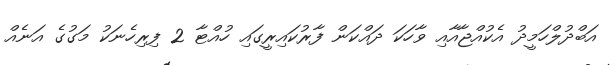
އަބްދުލްހަމީދު އެކުއްޖާއާއި ވާހަކަ ދައްކަން ފާރުކައިރީގައި ހުއްޓާ 2 ފިރިހެނަކު މަގުގެ އަނެއް